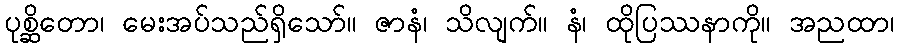
ပုစ္ဆိတော၊ မေးအပ်သည်ရှိသော်။ ဇာနံ၊ သိလျက်။ နံ၊ ထိုပြဿနာကို။ အညထာ၊